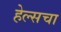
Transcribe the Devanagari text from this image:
हेल्सचा